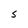
Character: S